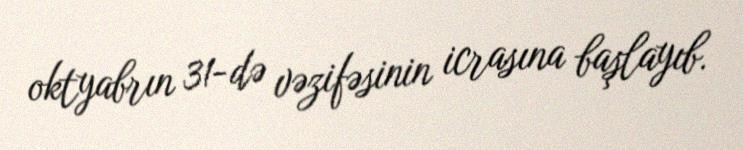
oktyabrın 31-də vəzifəsinin icrasına başlayıb.